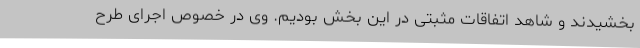
بخشیدند و شاهد اتفاقات مثبتی در این بخش بودیم. وی در خصوص اجرای طرح